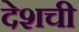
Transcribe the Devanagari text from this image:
देशची